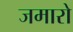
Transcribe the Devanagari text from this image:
जमारो